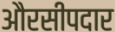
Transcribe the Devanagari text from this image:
औरसीपदार